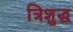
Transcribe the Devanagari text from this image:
त्रिशुद्ध